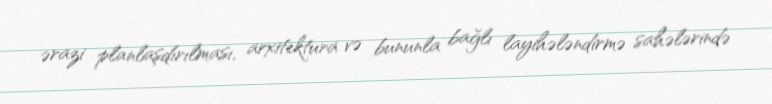
ərazi planlaşdırılması, arxitektura və bununla bağlı layihələndirmə sahələrində